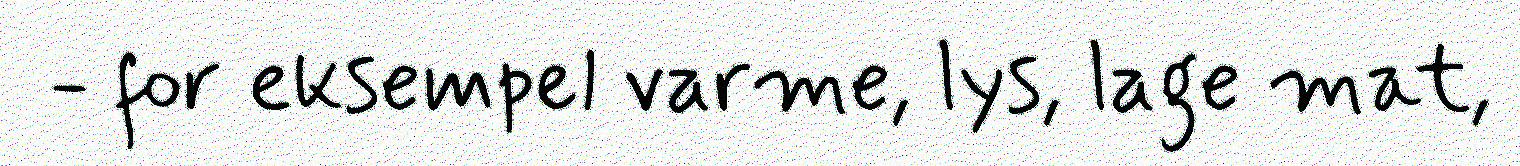
- for eksempel varme, lys, lage mat,